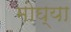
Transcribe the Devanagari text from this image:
मोघ्या